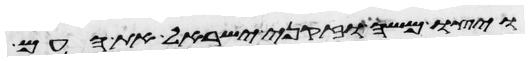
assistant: ויצו משה וזקני ישראל את העם